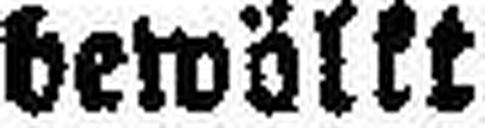
bewölkt